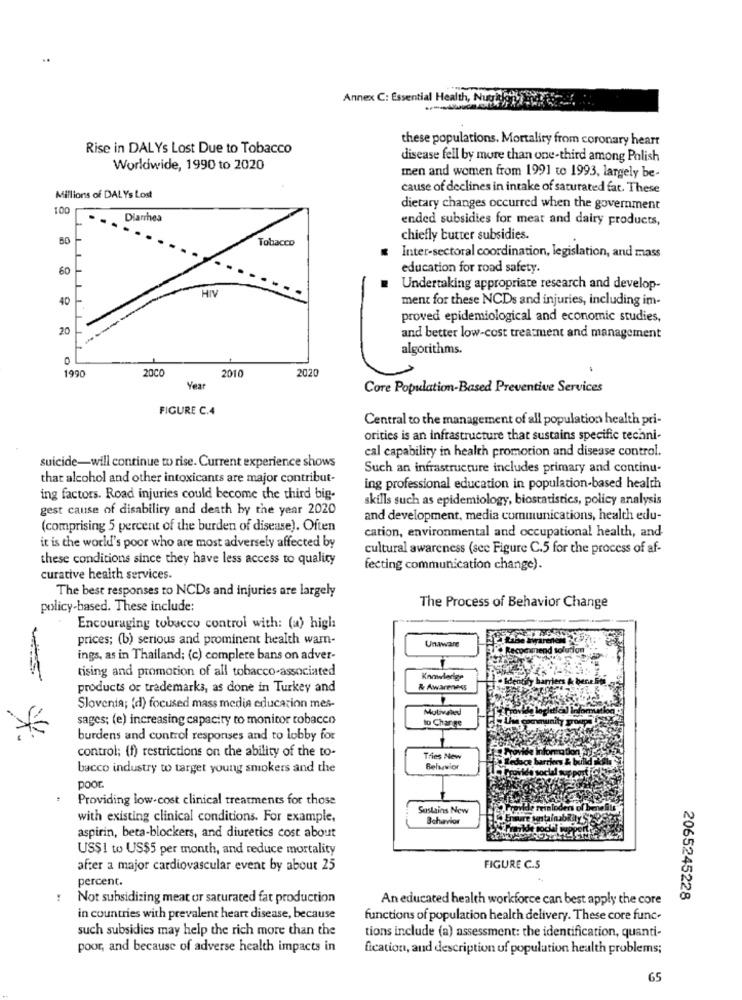
Annex C: Essential Health, Nutrick
these populations. Mortaliry from coronary heart
Rise in DALYs Lost Due to Tobacco
disease fell by more than one-third among Polish
Worldwide, 1990 to 2020
men and women from 1991 to 1993, largely be-
cause of declines in intake of saturated fat. These
Millions of DAL Ys Lost
100
dietary changes occurred when the government
Diarrhea
ended subsidies for meat and dairy products,
Tobacco
chiefly butter subsidies.
Inter-sectoral coordination, legislation, and mass
60
education for road safety.
HIV
Undertaking appropriate research and develop-
40
ment for these NCDs and injuries, including im-
proved epidemiological and economic studies,
20
and better low-cost treatment and management
algorithms.
1990
20CC
2010
2020
Year
Core Population-Based Preventive Services
FIGURE C.4
Central to the management of all population health pri-
orities is an infrastructure that sustains specific techni-
cal capability in health promotion and disease control.
suicide-will continue to rise. Current experience shows
Such an infrastructure includes primary and continu-
that alcohol and other intoxicants are major contribut-
ing professional education in population-based health
ing factors. Road injuries could become the third big-
skills such as epidemiology, biostatistics, policy analysis
gest cause of disability and death by the year 2020
and development, media communications, health edu-
(comprising 5 percent of the burden of disease). Often
cation, environmental and occupational health, and
it is the world's poor who are most adversely affected by
cultural awareness (see Figure C.5 for the process of af-
these conditions since they have less access to quality
fecting communication change).
curative health services.
The best responses to NCDs and injuries are largely
policy-based. These include:
The Process of Behavior Change
Encouraging tobacco control with: (a) high
prices; (b) serious and prominent health wam-
Unaware
ings, as in Thailand; (c) complete bans on adver-
tising and promotion of all tobacco-associated
Knowledge
products or trademarks, as done in Turkey and
& Awareness
Slovenia; (d) focused mass media education mes-
Motivaled
sages; (e) increasing capacity to monitor tobacco
to Charge
burdens and control responses and to lobby for
control; (f) restrictions on the ability of the to-
Tries New
bacco industry to target young smokers and the
Behavior
poor.
Providing low-cost clinical treatments for those
Sustains New
with existing clinical conditions. For example,
Behavior
aspirin, beta-blockers, and diuretics cost about
US$! to US$5 per month, and reduce mortality
after a major cardiovascular event by about 25
FIGURE C.S
percent.
Not subsidizing meat or saturated fat production
An educated health workforce can best apply the core
2065245228
in countries with prevalent heart disease, because
functions of population health delivery. These core func-
such subsidies may help the rich more than the
tions include (a) assessment: the identification, quanti-
poor, and because of adverse health impacts in
fication, and description uf population health problems;
65